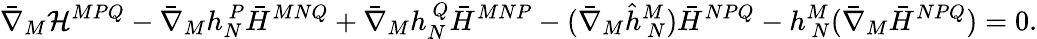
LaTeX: \bar{\nabla}_{M}{\cal H}^{MPQ}-\bar{\nabla}_{M}h_{N}^{~P}\bar{H}^{MNQ}+\bar{\nabla}_{M}h_{N}^{~Q}\bar{H}^{MNP}-(\bar{\nabla}_{M}\hat{h}_{~N}^{M})\bar{H}^{NPQ}-h_{~N}^{M}(\bar{\nabla}_{M}\bar{H}^{NPQ})=0.